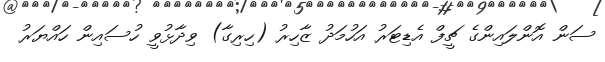
ސަން އޮންލައިންގެ ޗީފް އެޑިޓަރު އަހުމަދު ޒާހިރު (ހިރިގާ) ވިދާޅުވީ ހުސައިން ހައްޔަރު